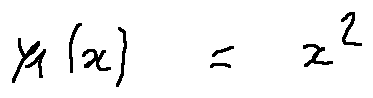
y _ { 1 } ( x ) = x ^ { 2 }